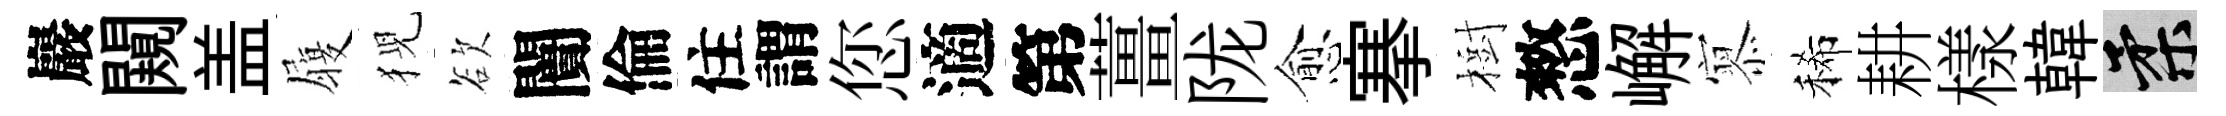
巖闚盖履猊欲闠倫住謂您適第薑陇愈搴樹憗嶰𡪹稀耕樣韓柔